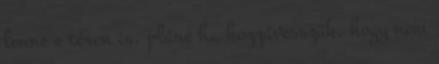
lenne e téren is, pláne ha hozzávesszük, hogy nem